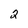
Character: 2